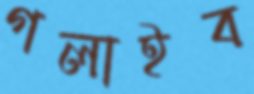
গলাইব